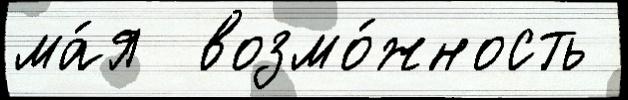
ма́я  возмо́жность